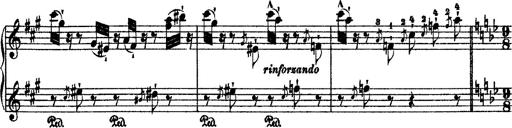
Title: 2 KonzertetÃ¼den
Composer: Franz Liszt